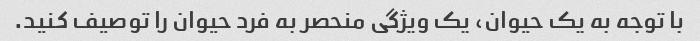
با توجه به یک حیوان، یک ویژگی منحصر به فرد حیوان را توصیف کنید.